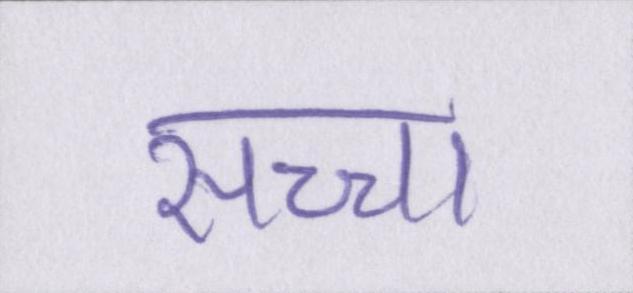
सच्चा